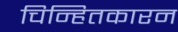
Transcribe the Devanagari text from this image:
चिन्हितकारन